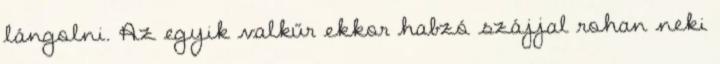
lángolni. Az egyik valkűr ekkor habzó szájjal rohan neki